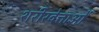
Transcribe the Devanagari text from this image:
शरीरवेत्ताओं